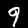
Label: 9